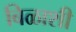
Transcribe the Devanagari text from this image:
बिळाशी